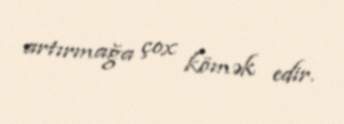
artırmağa çox kömək edir.